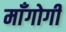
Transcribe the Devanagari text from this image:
माँगोगी